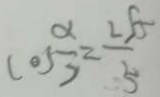
\cos \frac { \alpha } { 2 } = \frac { 2 \sqrt { 5 } } { 5 }